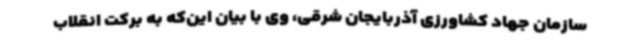
سازمان جهاد کشاورزی آذربایجان شرقی، وی با بیان این‌که به برکت انقلاب